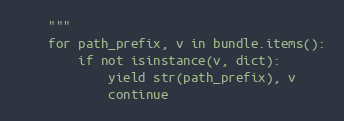
Language: Python
    """
    for path_prefix, v in bundle.items():
        if not isinstance(v, dict):
            yield str(path_prefix), v
            continue